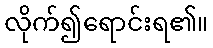
လိုက်၍ရောင်းရ၏။